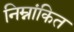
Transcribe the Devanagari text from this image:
निम्नांकित